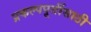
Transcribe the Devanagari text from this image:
प्रकल्पपूर्तीसाठी